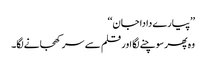
’’پیارے دادا جان‘‘
وہ پھر سوچنے لگا اور قلم سے سر کھجانے لگا۔